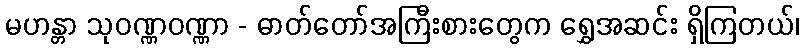
မဟန္တာ သုဝဏ္ဏဝဏ္ဏာ - ဓာတ်တော်အကြီးစားတွေက ရွှေအဆင်း ရှိကြတယ်၊